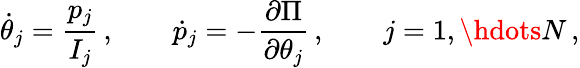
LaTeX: \dot{\theta}_{j}=\frac{p_{j}}{I_{j}}\, ,\qquad\dot{p}_{j}=-\frac{\partial\Pi}{\partial\theta_{j}}\, ,\qquad j=1,\hdots N\, ,